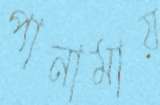
পানামায়